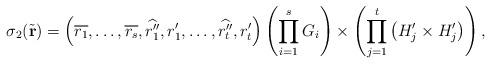
LaTeX: \begin{align*}\sigma_2(\tilde{\textbf{r}})=\left(\overline{r_1},\ldots,\overline{r_s},\widehat{r_1''},{r_1'},\ldots,\widehat{r_t''},{r_t'}\right) \left(\prod_{i=1}^sG_i\right)\times\left(\prod_{j=1}^t\left(H'_j\times H'_j\right)\right),\end{align*}